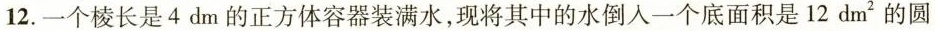
12.一个棱长是4dm的正方体容器装满水，现将其中的水倒入一个底面积是12dm^{2}的圆